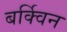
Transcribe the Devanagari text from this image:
बर्क्विन